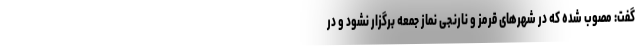
گفت: مصوب شده که در شهرهای قرمز و نارنجی نماز جمعه برگزار نشود و در